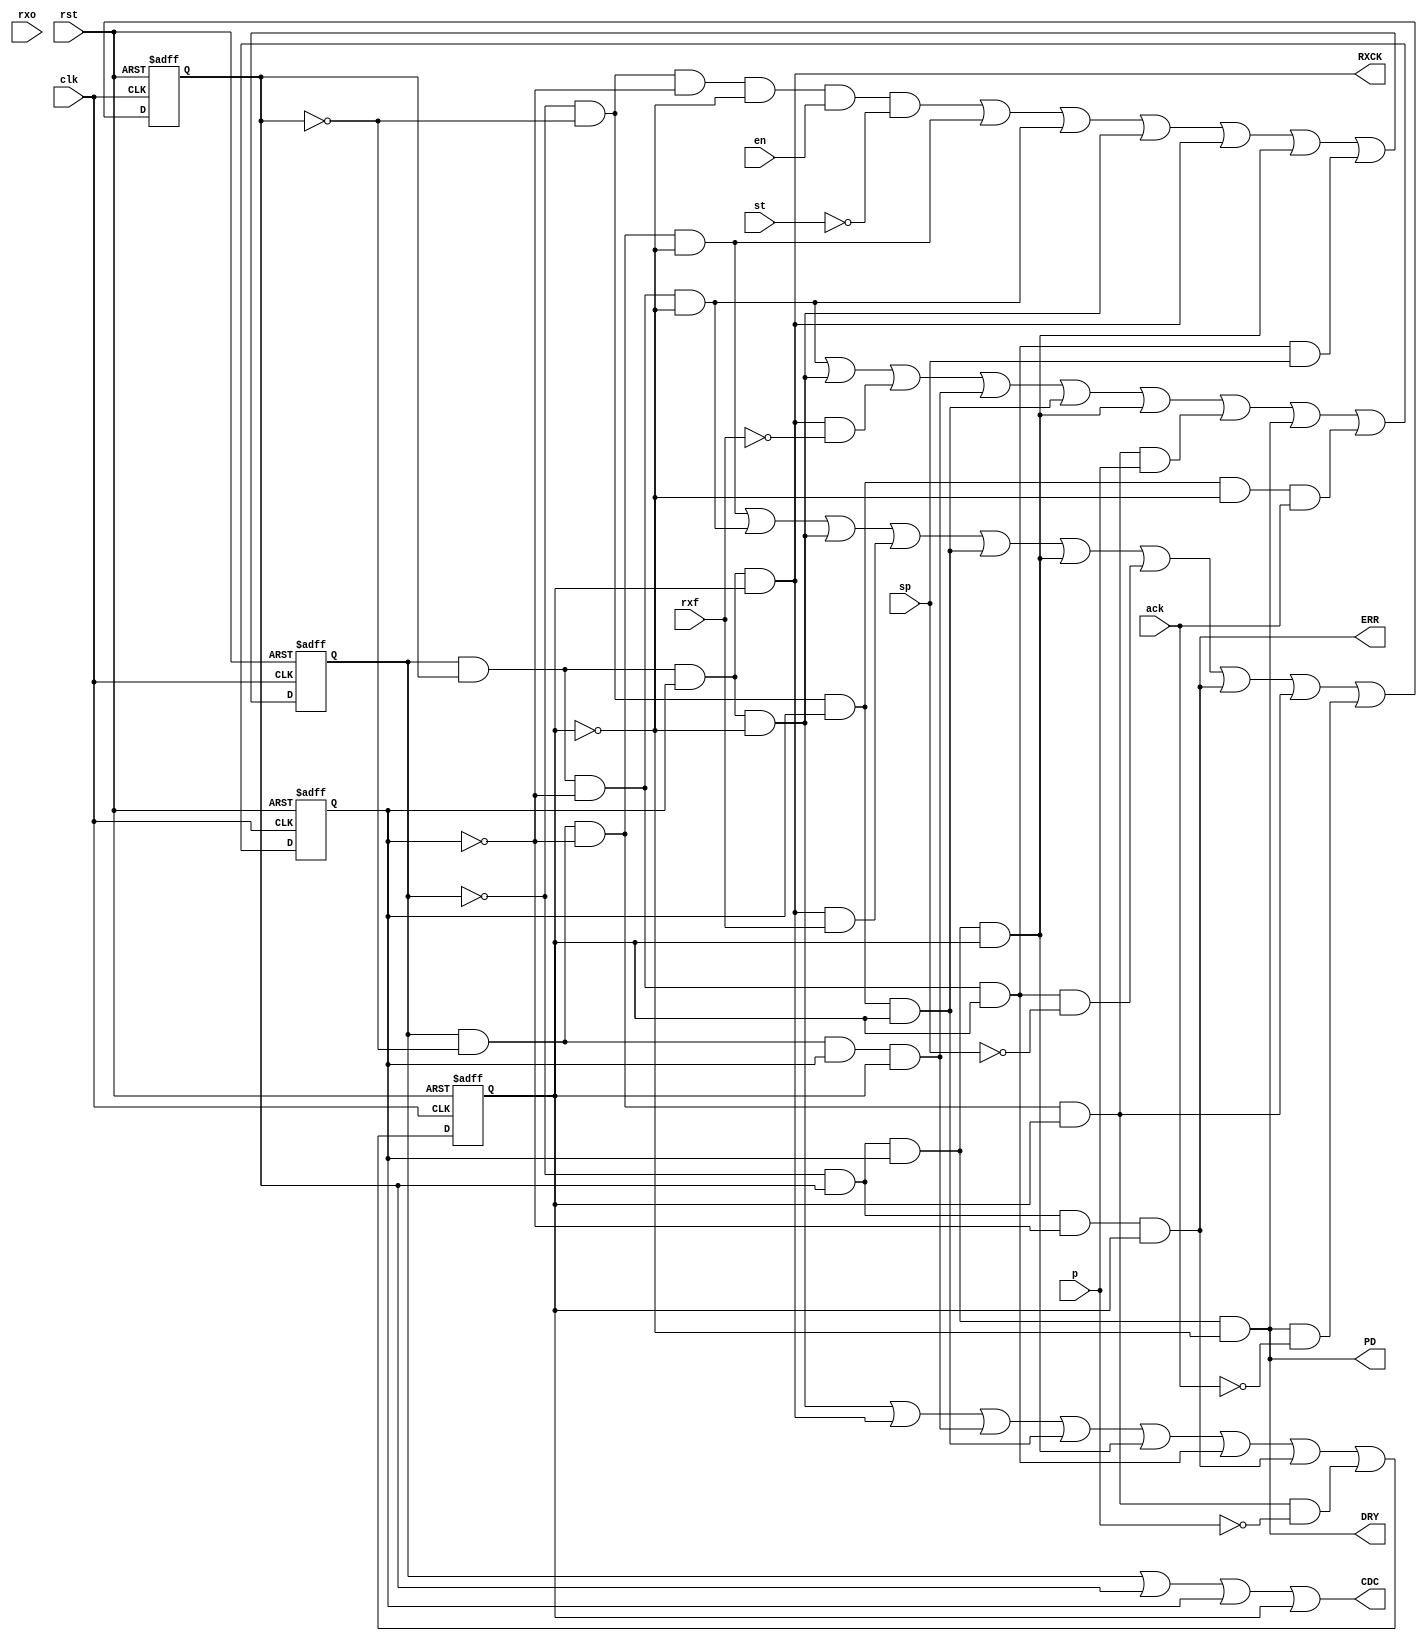
//Serial Reception System
//FSM
module SRSystem_FSM(clk,st,ack,en,rst,p,sp,rxo,rxf,CDC,PD,RXCK,DRY,ERR);
input wire clk,st,ack,en,rst,p,sp,rxo,rxf;
output wire CDC,PD,RXCK,DRY,ERR;


reg A,B,C,D;      //status register

always@(posedge clk or negedge rst)
begin
	if(rst == 0)
	{A,B,C,D}<=0;
	else
	begin
	A<= ~A&~B&~C&~D&en&~st | A&~B&~C&~D | A&B&~C&~D | A&B&C&~D | A&B&C&D | ~A&B&C&D | A&B&~C&D&sp;
	B<= A&~B&~C&~D | A&B&~C&~D | A&B&C&~D | A&B&C&D&rxf | ~A&~B&C&D | ~A&B&C&D | A&B&~C&D&~sp | ~A&B&~C&D | A&~B&~C&D | ~A&B&C&~D&~ack;
	C<= A&B&~C&~D | A&B&C&~D | A&B&C&D&~rxf | A&~B&C&D | ~A&~B&C&D | ~A&B&C&D | A&~B&~C&D&p | ~A&B&C&~D | ~A&~B&C&~D&ack;
	D<= A&B&C&~D | A&B&C&D | A&~B&C&D | ~A&~B&C&D | ~A&B&C&D | A&B&~C&D | ~A&B&~C&D | A&~B&~C&D&~p;
	end
end

assign
	ERR = ~A&B&~C&D,
	PD = ~A&B&C&~D,
	RXCK =  A&B&C&D,
	CDC = (A|B|C|D), //CLR
	DRY = ~A&B&C&~D;


endmodule